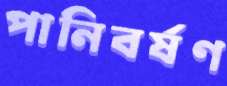
পানিবর্ষণ